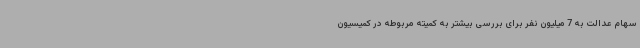
سهام عدالت به 7 میلیون نفر برای بررسی بیشتر به کمیته مربوطه در کمیسیون